Vaccination in Burma 1900-1911 - 1900-1911
Year: 1900
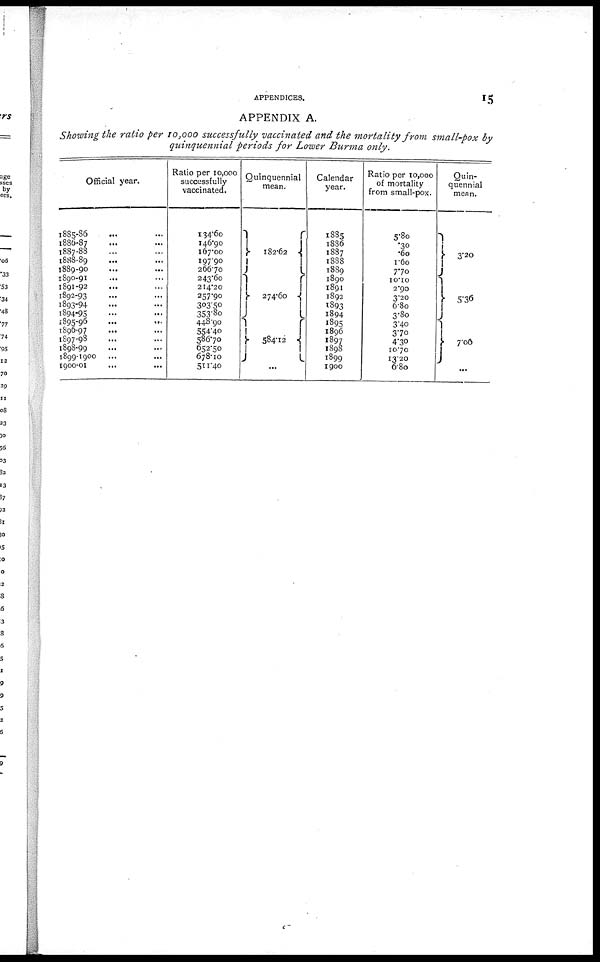
APPENDICES.
15
APPENDIX A.
Showing the ratio per 10,000 successfully vaccinated and the mortality from small-pox by
quinquennial periods for Lower Burma only.
Official year.
1885-86 ... ...
1886-87 ... ...
1887-88 ... ...
1888-89 ... ...
1889-90 ... ...
1890-91 ... ...
1891-92 ... ...
1892-93 ... ...
1893-94 ... ...
1894-95 ... ...
1895-96 ... ...
1896-97 ... ...
1897-98 ... ...
1898-99 ... ...
1899-1900 ... ...
1900-01 ... ...
Ratio per 10,000
successfully
vaccinated.
134.60
146.90
167.00
197.90
266.70
243.60
214.20
257.90
303.50
353.80
448.90
554.40
586.70
652.50
678.10
511.40
Quinquennial
mean.
182.62
274.60
584.12
...
Calendar
year.
1885
1886
1887
1888
1889
1890
1891
1892
1893
1894
1895
1896
1897
1898
1899
1900
Ratio per 10,000
of mortality
from small-pox.
5.80
.30
.60
1.60
7.70
10.10
2.90
3.20
6.80
3.80
3.40
3.70
4.30
10.70
13.20
6.80
Quin-
quennial
mean.
3.20
5.36
7.00
...